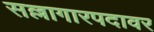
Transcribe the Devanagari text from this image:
सल्लागारपदावर